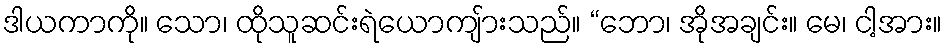
ဒါယကာကို။ သော၊ ထိုသူဆင်းရဲယောကျ်ားသည်။ “ဘော၊ အိုအချင်း။ မေ၊ ငါ့အား။